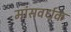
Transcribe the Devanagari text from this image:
मांसवर्धक